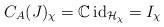
LaTeX: \begin{align*}C_A(J)_\chi=\mathbb{C}\,\textup{id}_{\mathcal{H}_\chi}=I_\chi\end{align*}